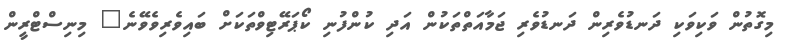
މިގޮތުން ވަކިވަކި ދަނޑުވެރިން ދަނޑުވެރި ޖަމާއަތްތަކުން އަދި ކުންފުނި ކޯޕަރޭޓިވްތަކަށް ބައިވެރިވެވޭނެ" މިނިސްޓްރީން